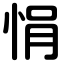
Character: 悁